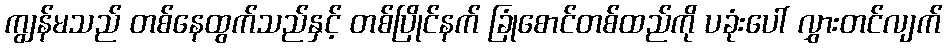
ကျွန်မသည် တစ်နေထွက်သည်နှင့် တစ်ပြိုင်နက် ခြုံစောင်တစ်ထည်ကို ပခုံးပေါ် လွှားတင်လျက်